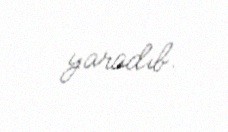
yaradıb.